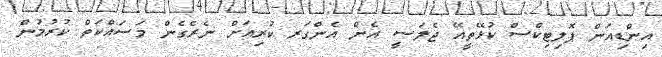
އިންޑިއަން ޕޮލިޓިކްސް ކުޅޭތީއޭ ޖެލަސީ އެން އެންގަރ ކުރިއަށް ނެރެގެން މަސައްކަތް ކުރުމުން